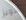
هوبز